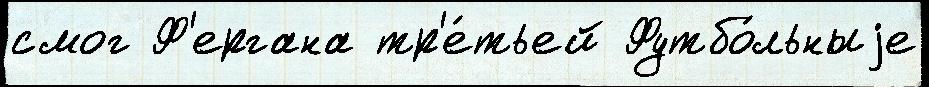
смог Ф'ергана тр'е́тьей Футбо́льныjе